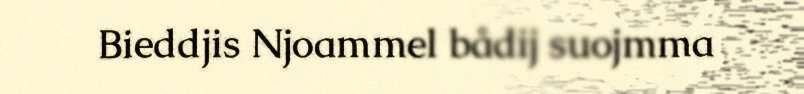
Bieddjis Njoammel bådij suojmma